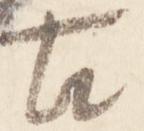
古